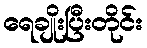
ရေချိုးပြီးတိုင်း